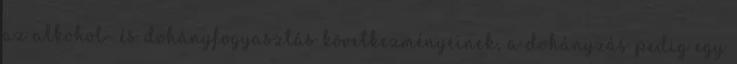
az alkohol- és dohányfogyasztás következményeinek, a dohányzás pedig egy